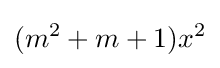
(m^{2}+m+1)x^{2}